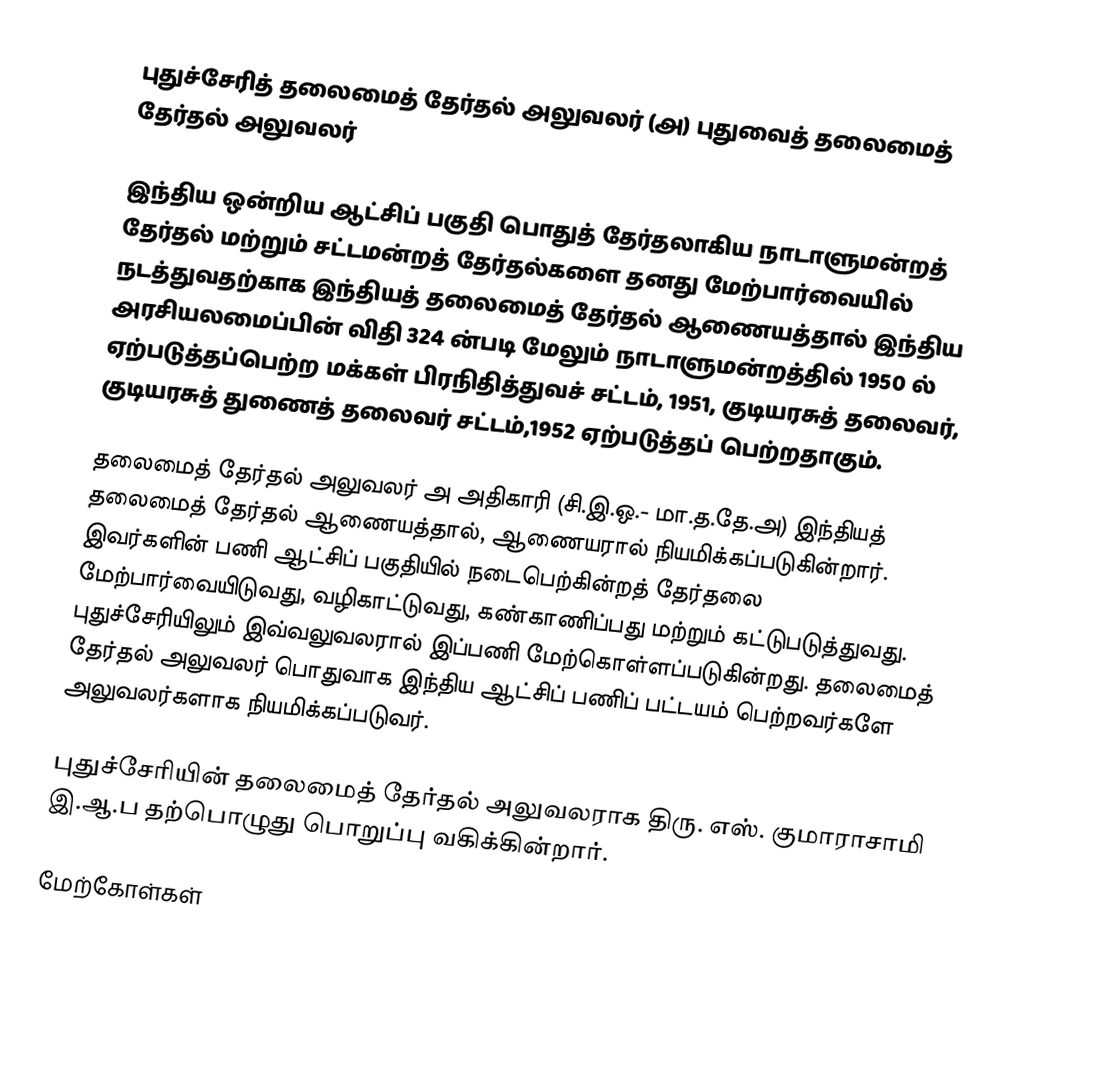
புதுச்சேரித் தலைமைத் தேர்தல் அலுவலர் (அ) புதுவைத் தலைமைத் தேர்தல் அலுவலர்

இந்திய ஒன்றிய ஆட்சிப் பகுதி பொதுத் தேர்தலாகிய நாடாளுமன்றத் தேர்தல் மற்றும் சட்டமன்றத் தேர்தல்களை தனது மேற்பார்வையில் நடத்துவதற்காக இந்தியத் தலைமைத் தேர்தல் ஆணையத்தால் இந்திய அரசியலமைப்பின் விதி 324 ன்படி மேலும் நாடாளுமன்றத்தில் 1950 ல் ஏற்படுத்தப்பெற்ற மக்கள் பிரநிதித்துவச் சட்டம், 1951, குடியரசுத் தலைவர், குடியரசுத் துணைத் தலைவர் சட்டம்,1952 ஏற்படுத்தப் பெற்றதாகும்.

தலைமைத் தேர்தல் அலுவலர் அ அதிகாரி (சி.இ.ஒ.- மா.த.தே.அ) இந்தியத் தலைமைத் தேர்தல் ஆணையத்தால், ஆணையரால் நியமிக்கப்படுகின்றார். இவர்களின் பணி ஆட்சிப் பகுதியில் நடைபெற்கின்றத்  தேர்தலை மேற்பார்வையிடுவது, வழிகாட்டுவது, கண்காணிப்பது மற்றும் கட்டுபடுத்துவது. புதுச்சேரியிலும் இவ்வலுவலரால் இப்பணி மேற்கொள்ளப்படுகின்றது. தலைமைத் தேர்தல் அலுவலர் பொதுவாக இந்திய ஆட்சிப் பணிப் பட்டயம் பெற்றவர்களே அலுவலர்களாக நியமிக்கப்படுவர்.

புதுச்சேரியின் தலைமைத் தேர்தல் அலுவலராக திரு. எஸ். குமாராசாமி இ.ஆ.ப  தற்பொழுது பொறுப்பு வகிக்கின்றார்.

மேற்கோள்கள்